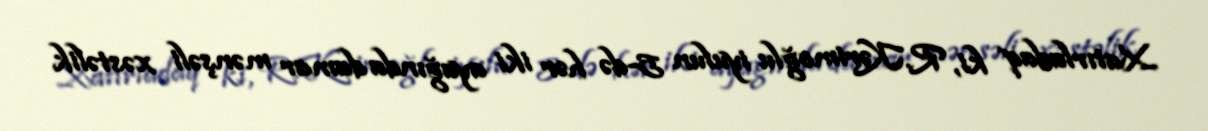
Xatırladaq ki, R.Kərimoğlu iyulun 5-də hər iki ayağında damar mənşəli xəstəlik